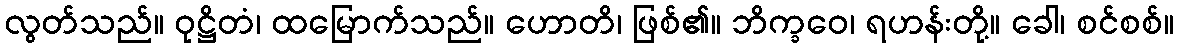
လွတ်သည်။ ဝုဋ္ဌိတံ၊ ထမြောက်သည်။ ဟောတိ၊ ဖြစ်၏။ ဘိက္ခဝေ၊ ရဟန်းတို့။ ခေါ၊ စင်စစ်။